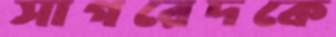
সাগরেদকে